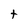
Character: t